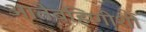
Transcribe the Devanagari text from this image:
आतेबहिणीशी